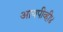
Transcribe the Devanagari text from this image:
आयपीव्ही४